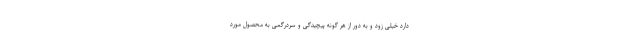
دارد خیلی زود و به دور از هر گونه پیچیدگی و سردرگمی به محصول مورد